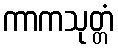
ကာကသုတ္တံ